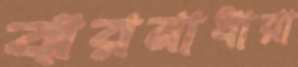
ঝরনাধারা